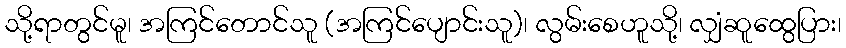
သို့ရာတွင်မူ၊ အကြင်တောင်သူ (အကြင်ပျောင်းသူ)၊ လွမ်းစေဟူသို့၊ လျှံဆူထွေပြား၊